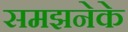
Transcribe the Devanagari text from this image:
समझनेके